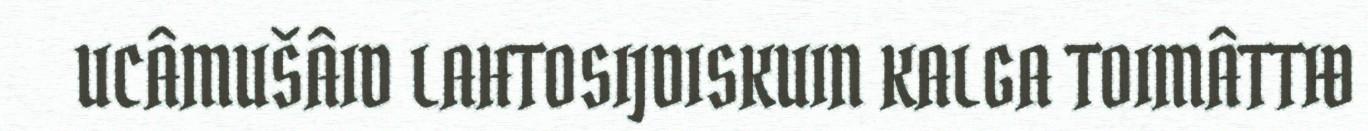
UCÂMUŠÂID LAHTOSIJDISKUIN KALGA TOIMÂTTIĐ